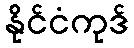
နိုင်ငံကုဒ်